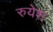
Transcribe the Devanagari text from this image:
रुयेश